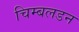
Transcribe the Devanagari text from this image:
चिम्बलडन